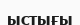
ыстығы